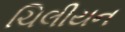
ચિલીયન